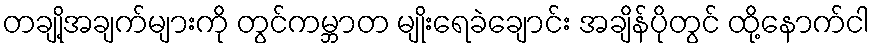
တချို့အချက်များကို တွင်ကမ္ဘာတ မျိုးရေခဲချောင်း အချိန်ပိုတွင် ထို့နောက်ငါ